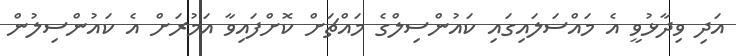
އަދި ވިދާޅުވީ އެ މައްސަލައިގައި ކައުންސިލްގެ މައްޗަށް ކޮށްފައިވާ އަމުރަށް އެ ކައުންސިލުން